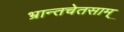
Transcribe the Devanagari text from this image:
भ्रान्तचेतसाम्